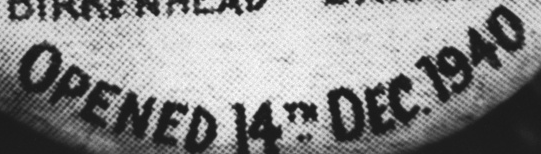
OPENED 14TH DEC. 1940